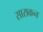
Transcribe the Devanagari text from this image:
साराकन